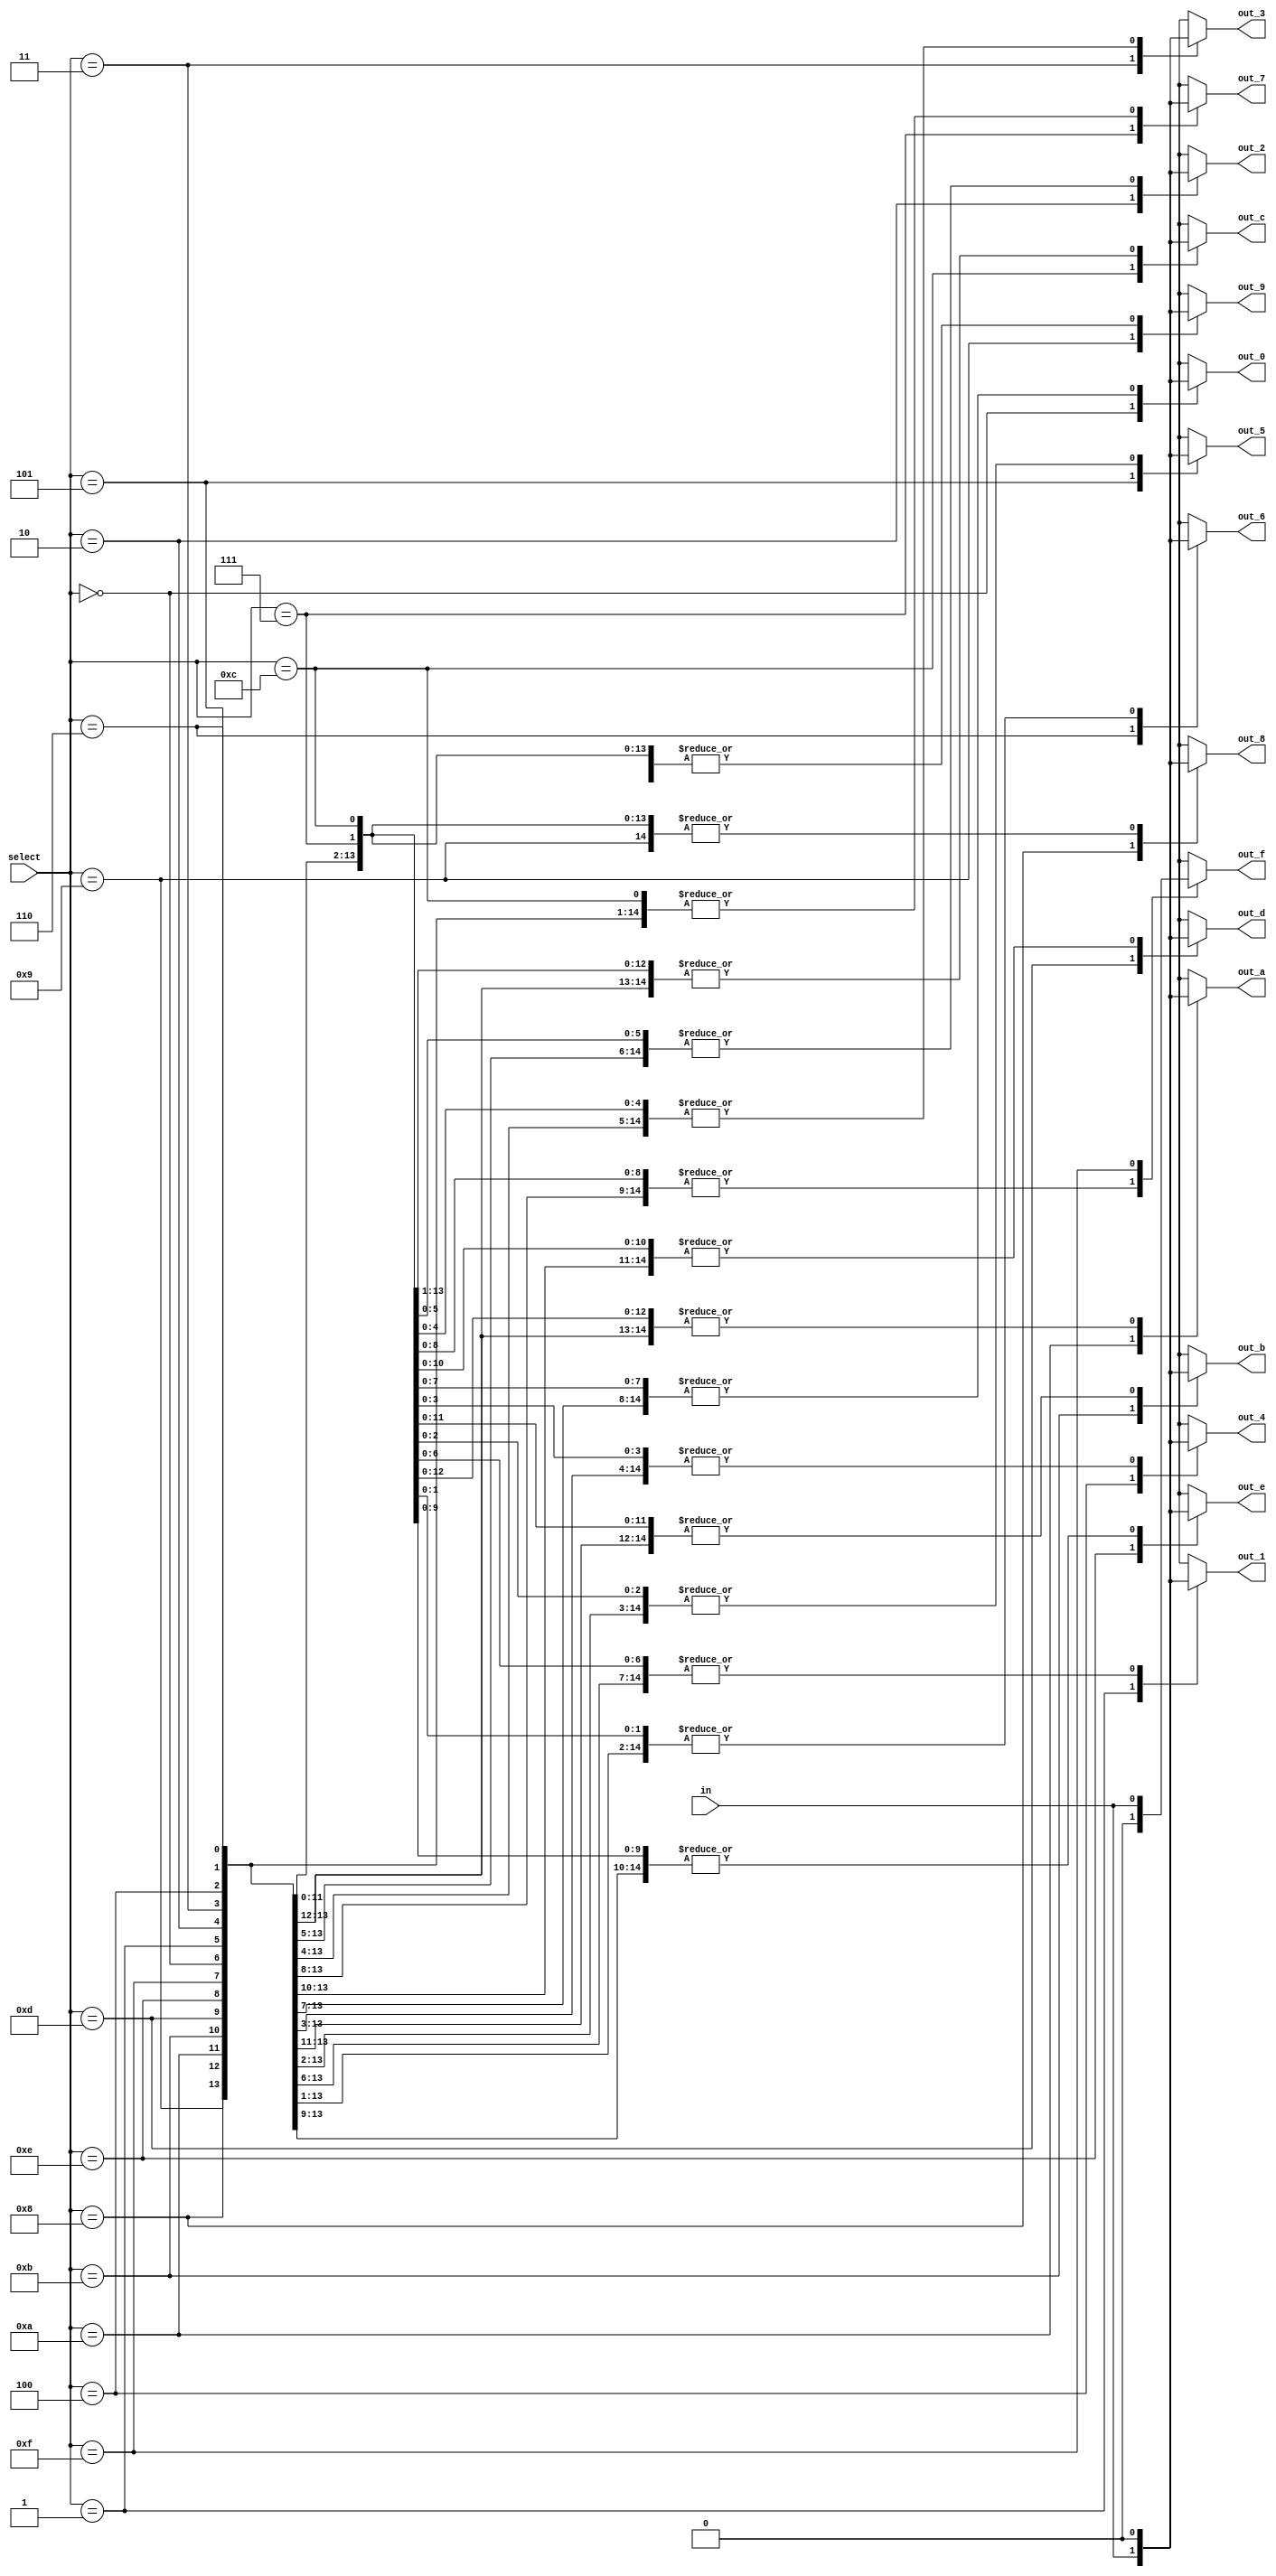
`ifndef mod_demux_thicc
`define mod_demux_thicc

module demux_thicc #(parameter dw = 1) (

        input wire [dw - 1:0] in,
        input wire [3:0] select,

        output reg [dw - 1:0] out_0,
        output reg [dw - 1:0] out_1,
        output reg [dw - 1:0] out_2,
        output reg [dw - 1:0] out_3,
        output reg [dw - 1:0] out_4,
        output reg [dw - 1:0] out_5,
        output reg [dw - 1:0] out_6,
        output reg [dw - 1:0] out_7,
        output reg [dw - 1:0] out_8,
        output reg [dw - 1:0] out_9,
        output reg [dw - 1:0] out_a,
        output reg [dw - 1:0] out_b,
        output reg [dw - 1:0] out_c,
        output reg [dw - 1:0] out_d,
        output reg [dw - 1:0] out_e,
        output reg [dw - 1:0] out_f
    );

    task clearOuts; begin
        {out_0, out_1, out_2, out_3, out_4, out_5, out_6, out_7, out_8, out_9, out_a, out_b, out_c, out_d, out_e, out_f} = {16{8'b0000_0000}};
    end
    endtask

    initial begin
        clearOuts();
    end

    always @ (in or select) begin
        clearOuts();
        case (select)
            0: out_0 = in;
            1: out_1 = in;
            2: out_2 = in;
            3: out_3 = in;
            4: out_4 = in;
            5: out_5 = in;
            6: out_6 = in;
            7: out_7 = in;
            8: out_8 = in;
            9: out_9 = in;
            10: out_a = in;
            11: out_b = in;
            12: out_c = in;
            13: out_d = in;
            14: out_e = in;
            15: out_f = in;
            default: clearOuts();
        endcase
    end 

endmodule

`endif